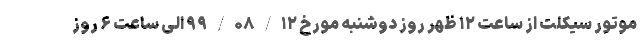
موتور سیکلت از ساعت ۱۲ ظهر روز دوشنبه مورخ ۹۹/۰۸/۱۲ الی ساعت ۶ روز